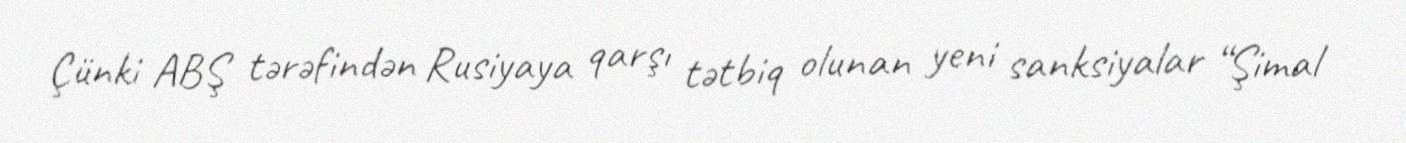
Çünki ABŞ tərəfindən Rusiyaya qarşı tətbiq olunan yeni sanksiyalar “Şimal